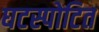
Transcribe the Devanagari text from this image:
घटस्पोटित